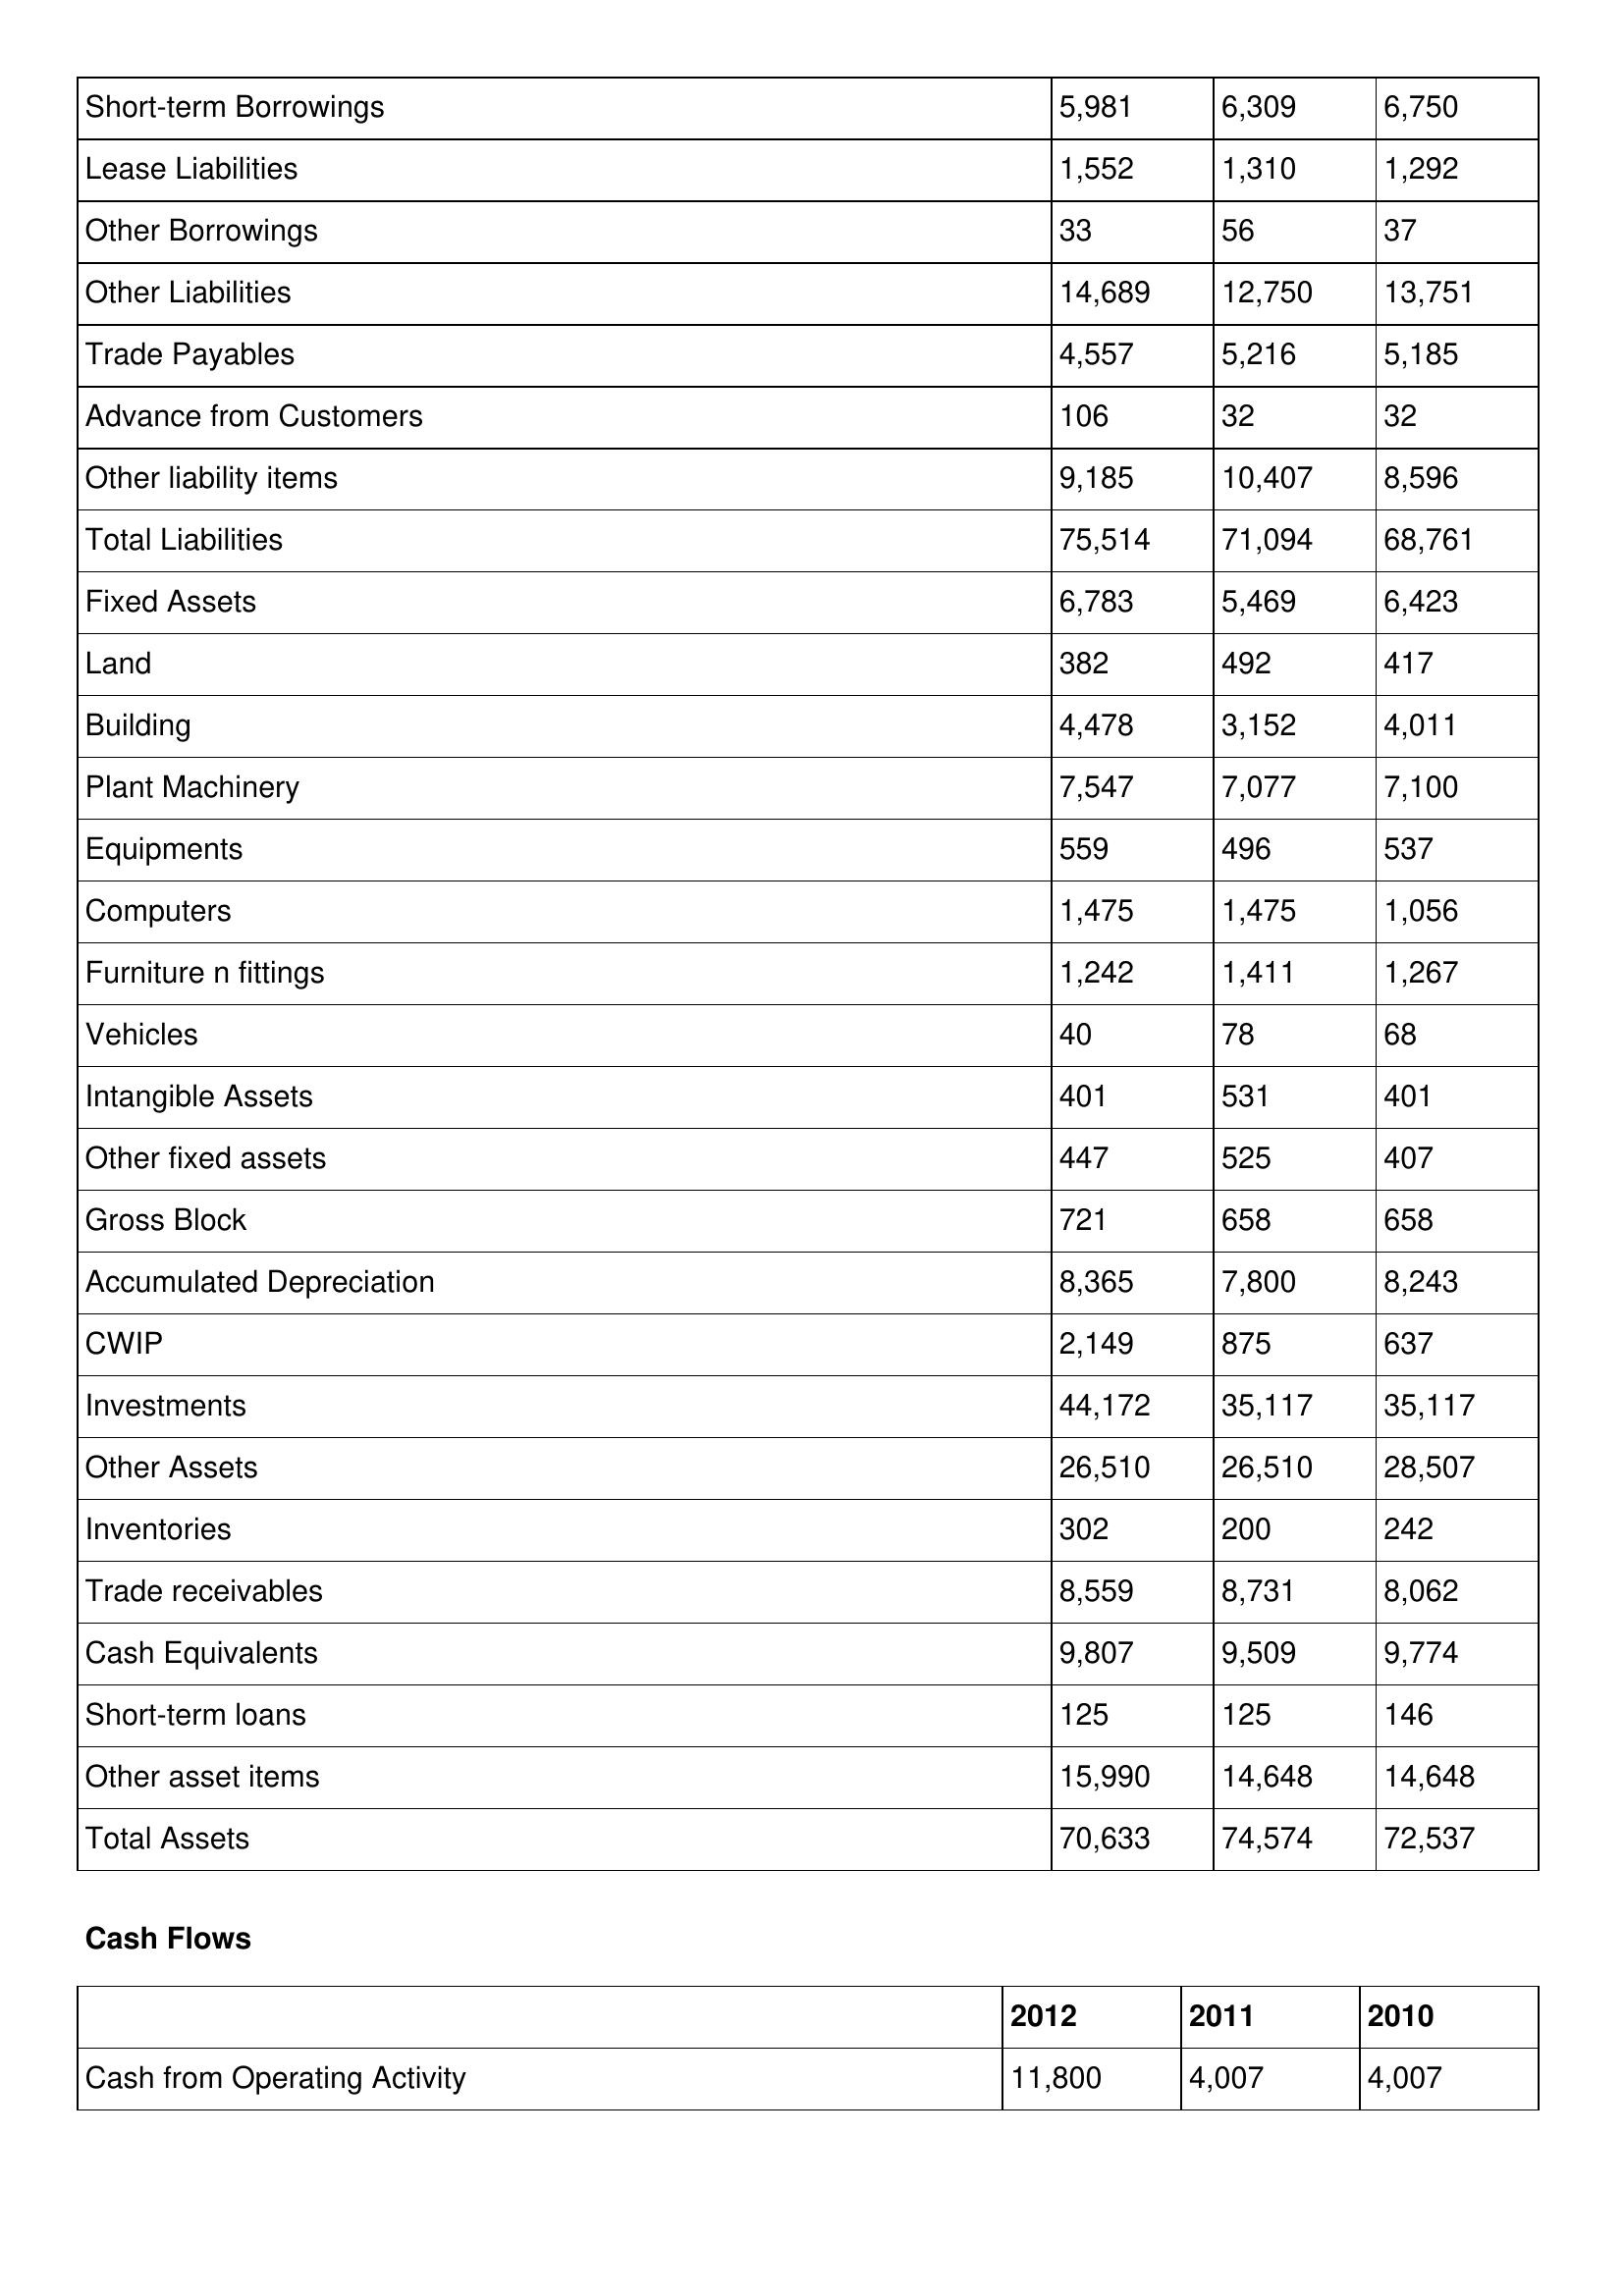
gt_parse: 2012: Balance Sheet: Short-term Borrowings: 5,981
Lease Liabilities: 1,552
Other Borrowings: 33
Other Liabilities: 14,689
Trade Payables: 4,557
Advance from Customers: 106
Other liability items: 9,185
Total Liabilities: 75,514
Fixed Assets: 6,783
Land: 382
Building: 4,478
Plant Machinery: 7,547
Equipments: 559
Computers: 1,475
Furniture n fittings: 1,242
Vehicles: 40
Intangible Assets: 401
Other fixed assets: 447
Gross Block: 721
Accumulated Depreciation: 8,365
CWIP: 2,149
Investments: 44,172
Other Assets: 26,510
Inventories: 302
Trade receivables: 8,559
Cash Equivalents: 9,807
Short-term loans: 125
Other asset items: 15,990
Total Assets: 70,633
Cash Flows: Cash from Operating Activity: 11,800
2011: Balance Sheet: Short-term Borrowings: 6,309
Lease Liabilities: 1,310
Other Borrowings: 56
Other Liabilities: 12,750
Trade Payables: 5,216
Advance from Customers: 32
Other liability items: 10,407
Total Liabilities: 71,094
Fixed Assets: 5,469
Land: 492
Building: 3,152
Plant Machinery: 7,077
Equipments: 496
Computers: 1,475
Furniture n fittings: 1,411
Vehicles: 78
Intangible Assets: 531
Other fixed assets: 525
Gross Block: 658
Accumulated Depreciation: 7,800
CWIP: 875
Investments: 35,117
Other Assets: 26,510
Inventories: 200
Trade receivables: 8,731
Cash Equivalents: 9,509
Short-term loans: 125
Other asset items: 14,648
Total Assets: 74,574
Cash Flows: Cash from Operating Activity: 4,007
2010: Balance Sheet: Short-term Borrowings: 6,750
Lease Liabilities: 1,292
Other Borrowings: 37
Other Liabilities: 13,751
Trade Payables: 5,185
Advance from Customers: 32
Other liability items: 8,596
Total Liabilities: 68,761
Fixed Assets: 6,423
Land: 417
Building: 4,011
Plant Machinery: 7,100
Equipments: 537
Computers: 1,056
Furniture n fittings: 1,267
Vehicles: 68
Intangible Assets: 401
Other fixed assets: 407
Gross Block: 658
Accumulated Depreciation: 8,243
CWIP: 637
Investments: 35,117
Other Assets: 28,507
Inventories: 242
Trade receivables: 8,062
Cash Equivalents: 9,774
Short-term loans: 146
Other asset items: 14,648
Total Assets: 72,537
Cash Flows: Cash from Operating Activity: 4,007